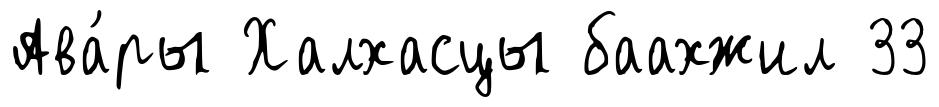
Ава́ры Халхасцы баахжил 33